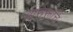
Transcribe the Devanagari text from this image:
वांसरूचि